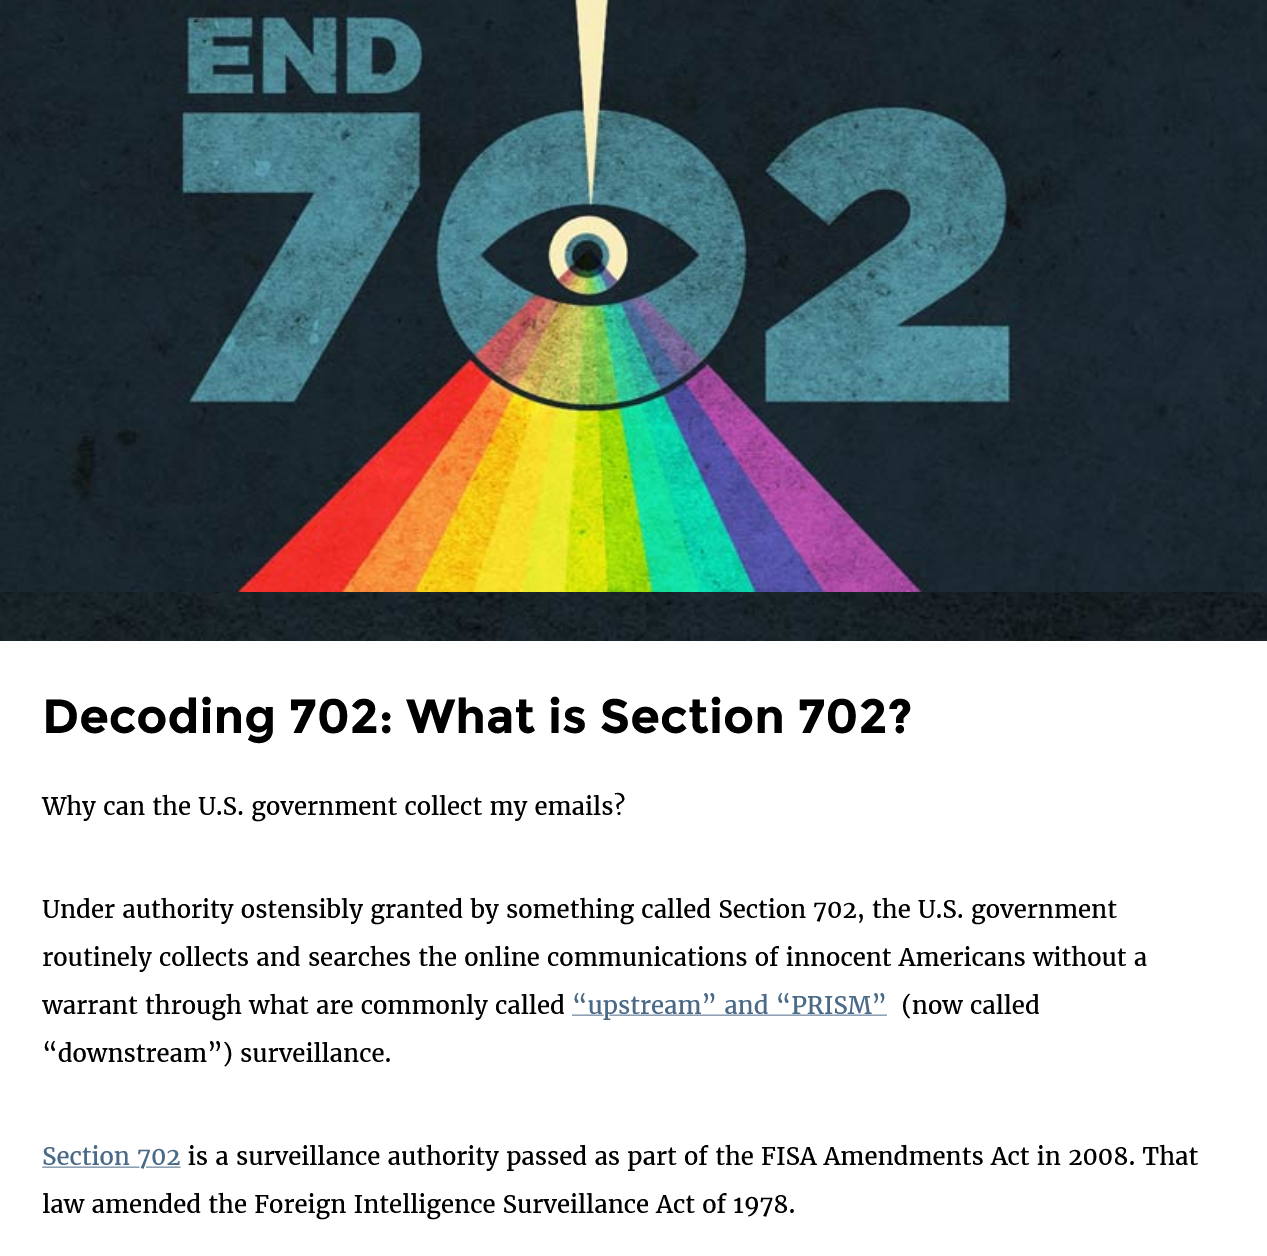
Decoding    702:    What    is    Section    702?
   Why can the U.S. government collect my emails?
   Under authority ostensibly granted by something called Section 702, the U.S. government
   routinely collects and searches the online communications of innocent Americans without a
   warrant through what are commonly called “upstream” and “PRISM” (now called
    “downstream”) surveillance.
    Section 702 is a surveillance authority passed as part of the FISA Amendments Act in 2008. That
   law amended the Foreign Intelligence Surveillance Act of 1978.